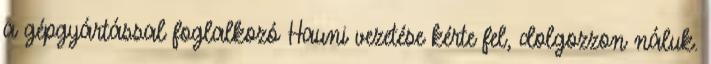
a gépgyártással foglalkozó Hauni vezetése kérte fel, dolgozzon náluk.